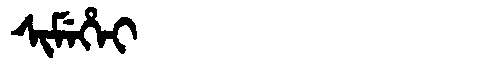
Manchu: ᠰᡳᠮᡝᡥᡝᡳ
Romanization: SIMEHEI